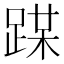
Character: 𨂏